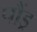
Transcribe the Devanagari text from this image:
पौंड्र